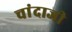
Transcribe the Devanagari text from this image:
चांदाजी